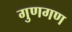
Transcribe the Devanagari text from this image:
गुणगण